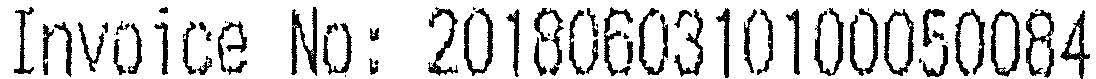
INVOICE NO: 2018060310100050084